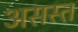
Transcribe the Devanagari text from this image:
असस्त